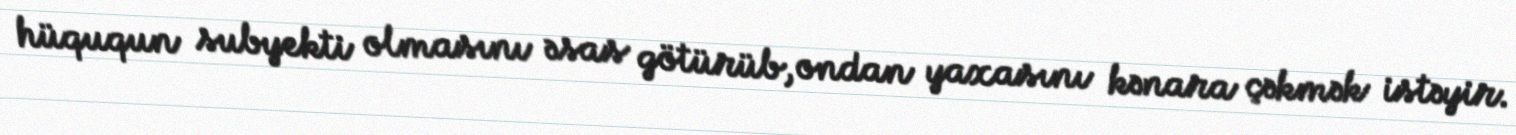
hüququn subyekti olmasını əsas götürüb, ondan yaxasını kənara çəkmək istəyir.